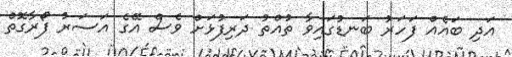
އަދި ބައެއް ފަހަރު ބަނޑުގައިވާ ތުއްތު ދަރިފުޅަށް ވެސް އޭގެ އަސަރު ފޯރާގޮތް